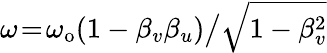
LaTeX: \omega\! =\! \omega_{\mathrm{o}}(1-\beta_{v}\beta_{u})\big/\sqrt{1-\beta_{v}^{2}}